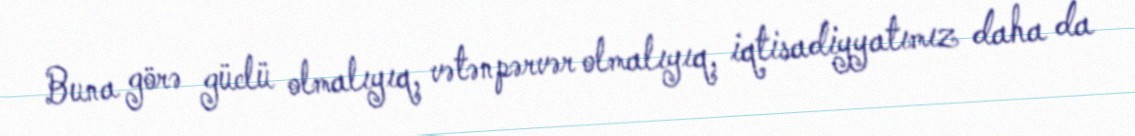
Buna görə güclü olmalıyıq, vətənpərvər olmalıyıq, iqtisadiyyatımız daha da